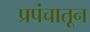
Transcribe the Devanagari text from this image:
प्रपंचातून